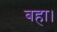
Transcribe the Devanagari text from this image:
बहा।